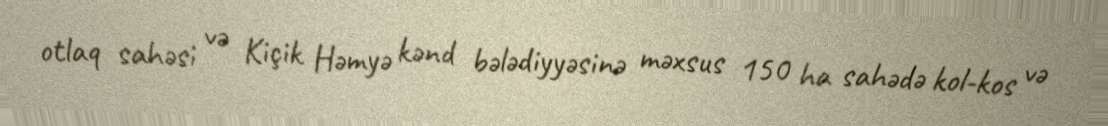
otlaq sahəsi və Kiçik Həmyə kənd bələdiyyəsinə məxsus 150 ha sahədə kol-kos və